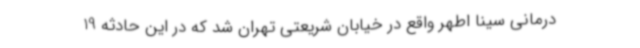
درمانی سینا اطهر واقع در خیابان شریعتی تهران شد که در این حادثه 19